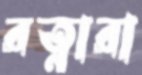
রত্নারা